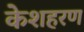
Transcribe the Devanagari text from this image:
केशहरण